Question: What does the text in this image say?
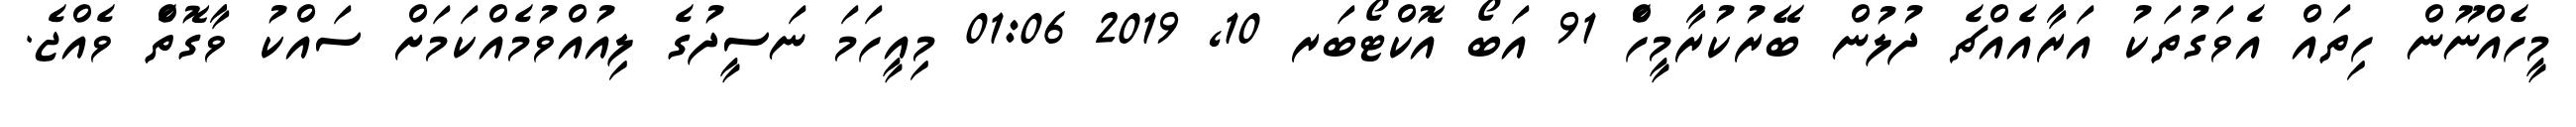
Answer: މީހެއްނޫން ހިތައް އެވަގުތަކު އަރާއެއްޗެ ދުލުން ބޭރުކުރާމީހެް 91 އަބޯ އޮކްޓޯބަރ 10, 2019 01:06 މިއީހަމަ ނަސީދުގެ ލިއުއްވުމެއްކަމަށް ސައްކު ވާގޮތެް ވެއްޖެ.